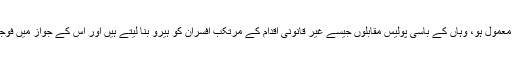
ایک ایسا معاشرہ جس میں قتل و غارت گری ایک معمول ہو، وہاں کے باسی پولیس مقابلوں جیسے غیر قانونی اقدام کے مرتکب افسران کو ہیرو بنا لیتے ہیں اور اس کے جواز میں فوجداری نظام میں موجود خرابیوں کو پیش کرتےہیں۔